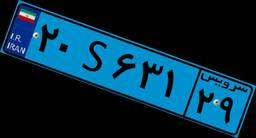
۵۷S۰۹۸۶۹